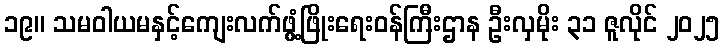
၁၉။ သမဝါယမနှင့်ကျေးလက်ဖွံ့ဖြိုးရေးဝန်ကြီးဌာန ဦးလှမိုး ၃၁ ဇူလိုင် ၂၀၂၅